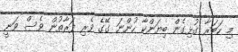
މި ހަބަރާ ގުޅިގެން ބިޔަންކާ ހުންނަ ގޭގެ ވެރި ފަރާތުން ވެސް ވަނީ